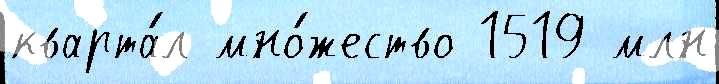
кварта́л мно́жество 1519 млн